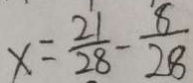
x = \frac { 2 1 } { 2 8 } - \frac { 8 } { 2 8 }